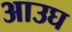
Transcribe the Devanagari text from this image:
आउघ